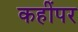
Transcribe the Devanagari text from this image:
कहींपर